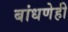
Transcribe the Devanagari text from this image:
बांधणेही